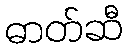
ဓာတ်ဆီ